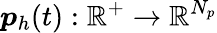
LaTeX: \boldsymbol{p}_{h}(t):\mathbb{R}^{+}\rightarrow\mathbb{R}^{N_{p}}